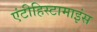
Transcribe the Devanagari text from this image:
एंटीहिस्टामाइंस